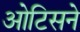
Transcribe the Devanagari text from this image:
ओटिसने